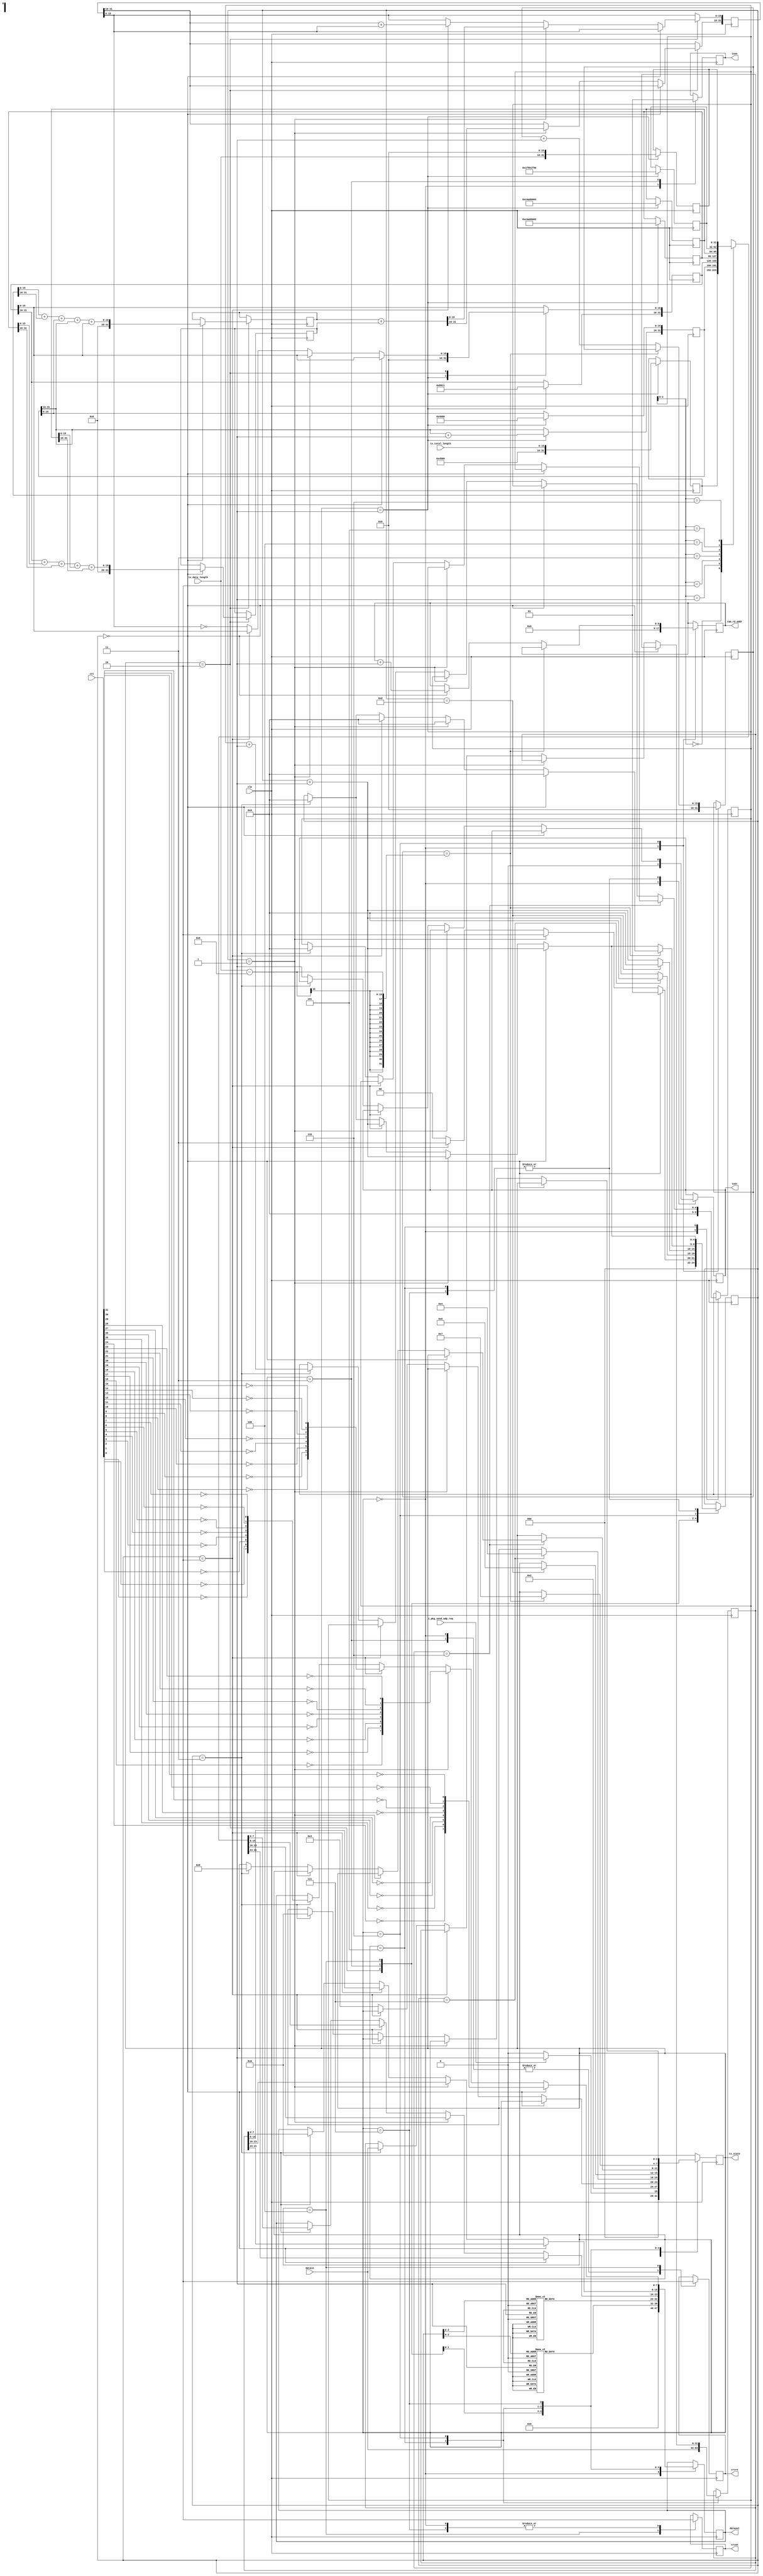
`timescale 1ns / 1ps
/****************************************/
//      GMII UDP//
/****************************************/

module ipsend(
				  input                 clk,                   //GMII
				  output reg            txen,                  //GMII
				  output reg            txer,                  //GMII
				  output reg [7:0]      dataout,               //GMII
				  input      [31:0]     crc,                   //CRC32
				  input      [31:0]     datain,                //RAM	 
				  output reg            crcen,                 //CRC32 
				  output reg            crcre,                 //CRC32 

				  output reg [3:0]      tx_state,              //    
				  input      [15:0]     tx_data_length,        //
				  input      [15:0]     tx_total_length,       //
				  output reg [8:0]      ram_rd_addr,            //ram
				  input                 i_pkg_send_udp_req
				  
	  );


reg [31:0]  datain_reg;

reg [31:0] ip_header [6:0];                  //1K

reg [7:0] preamble [7:0];                    //preamble
reg [7:0] mac_addr [13:0];                   //mac address
reg [4:0] i,j;

reg [31:0] check_buffer;
reg [31:0] check_buffer_0;
reg [31:0] check_buffer_1;
reg [31:0] time_counter;
reg [15:0] tx_data_counter;

parameter idle=4'b0000,start=4'b0001,make=4'b0010,send55=4'b0011,sendmac=4'b0100,sendheader=4'b0101,
          senddata=4'b0110,sendcrc=4'b0111;



initial
  begin
	 tx_state<=idle;
	 //IP 
	 preamble[0]<=8'h55;                 //755,d5
	 preamble[1]<=8'h55;
	 preamble[2]<=8'h55;
	 preamble[3]<=8'h55;
	 preamble[4]<=8'h55;
	 preamble[5]<=8'h55;
	 preamble[6]<=8'h55;
	 preamble[7]<=8'hD5;
	 mac_addr[0]<=8'hFF;                 //MAC ff-ff-ff-ff-ff-ff, ff
	 mac_addr[1]<=8'hFF;
	 mac_addr[2]<=8'hFF;
	 mac_addr[3]<=8'hFF;
	 mac_addr[4]<=8'hFF;
	 mac_addr[5]<=8'hFF;
	 mac_addr[6]<=8'h00;                 //MAC 00-0A-35-01-FE-C0
	 mac_addr[7]<=8'h0A;
	 mac_addr[8]<=8'h35;
	 mac_addr[9]<=8'h01;
	 mac_addr[10]<=8'hFE;
	 mac_addr[11]<=8'hC0;
	 mac_addr[12]<=8'h08;                //0800: IP
	 mac_addr[13]<=8'h00;
	 i<=0;
 end


//UDP	 
always@(negedge clk)
begin		
		case(tx_state)
		  idle:begin
				 txer<=1'b0;
				 txen<=1'b0;
				 crcen<=1'b0;
				 crcre<=1;
				 j<=0;
				 dataout<=0;
				 // ram_rd_addr<=1;
                 ram_rd_addr<=0;
				 tx_data_counter <= 0;
				 if(i_pkg_send_udp_req)begin
				    tx_state<=start; 
				  end else begin
				    tx_state<=idle; 
				  end  
//             if (time_counter >= 32'd125_000_000) begin     //, 
//				     tx_state<=start;  
//                 time_counter<=0;
//             end else if(i_pkg_send_udp_req)
//                tx_state<=start; 
             
//             else
//                 time_counter<=time_counter+1'b1;	
                 
                 
                 			
			end
		   start:begin        //IP header
					ip_header[0]<={16'h4500,tx_total_length};        //4 20IP
				   ip_header[1][31:16]<= ip_header[1][31:16]+1'b1;   //
					ip_header[1][15:0]<=16'h4000;                    //Fragment offset
				   ip_header[2]<=32'h80110000;                      //mema[2][15:0] 17(UDP),
				   ip_header[3]<=32'hc0a80002;                      //192.168.0.2
				   ip_header[4]<=32'hc0a80003;                      //192.168.0.3
					ip_header[5]<=32'h1f901f90;                      //22
				   ip_header[6]<={tx_data_length,16'h0000};         //22
	   			tx_state<=make;
         end	
         make:begin            //
			    if(i==0) begin
					  check_buffer_0 <=ip_header[0][15:0]+ip_header[0][31:16]+ip_header[1][15:0]+ip_header[1][31:16]+ip_header[2][15:0];
					  check_buffer_1 <=ip_header[2][31:16]+ip_header[3][15:0]+ip_header[3][31:16]+ip_header[4][15:0]+ip_header[4][31:16];						
                 i<= 1;
				   end
             else if(i==1) begin
					   check_buffer <= check_buffer_0  + check_buffer_1;
					   i <= 2;
				 end				
             else if(i==2) begin
					   check_buffer[15:0]<=check_buffer[31:16]+check_buffer[15:0];
					   i <= 3;
				 end
			    else	begin
				      ip_header[2][15:0]<=~check_buffer[15:0];                 //header checksum
					   i<=0;
					   tx_state<=send55;
					end
		   end
			send55: begin                    //8IP:755, 1d5                    
 				 txen<=1'b1;                             //GMII
				 crcre<=1'b1;                            //reset crc  
				 if(i==7) begin
               dataout[7:0]<=preamble[i][7:0];
					i<=0;
				   tx_state<=sendmac;
				 end
				 else begin                        
				    dataout[7:0]<=preamble[i][7:0];
				    i<=i+1;
				 end
			end	
			sendmac: begin                           //MAC addressMAC addressIP  
			 	 crcen<=1'b1;                            //crccrc32MAC		
				 crcre<=1'b0;                            			
             if(i==13) begin
               dataout[7:0]<=mac_addr[i][7:0];
					i<=0;
				   tx_state<=sendheader;
				 end
				 else begin                        
				    dataout[7:0]<=mac_addr[i][7:0];
				    i<=i+1'b1;
				 end
			end
			sendheader: begin                        //732bitIP 
				datain_reg<=datain;                   //	
			   if(j==6) begin                            
					  if(i==0) begin
						 dataout[7:0]<=ip_header[j][31:24];
						 i<=i+1'b1;
					  end
					  else if(i==1) begin
						 dataout[7:0]<=ip_header[j][23:16];
						 i<=i+1'b1;
					  end
					  else if(i==2) begin
						 dataout[7:0]<=ip_header[j][15:8];
						 i<=i+1'b1;
					  end
					  else if(i==3) begin
						 dataout[7:0]<=ip_header[j][7:0];
						 i<=0;
						 j<=0;
						 tx_state<=senddata;			 
					  end
					  else
						 txer<=1'b1;
				end		 
				else begin
					  if(i==0) begin
						 dataout[7:0]<=ip_header[j][31:24];
						 i<=i+1'b1;
					  end
					  else if(i==1) begin
						 dataout[7:0]<=ip_header[j][23:16];
						 i<=i+1'b1;
					  end
					  else if(i==2) begin
						 dataout[7:0]<=ip_header[j][15:8];
						 i<=i+1'b1;
					  end
					  else if(i==3) begin
						 dataout[7:0]<=ip_header[j][7:0];
						 i<=0;
						 j<=j+1'b1;
					  end					
					  else
						 txer<=1'b1;
				end
			 end
			 senddata:begin                                      //UDP
			   if(tx_data_counter==tx_data_length-9) begin       //
				   tx_state<=sendcrc;	
					if(i==0) begin    
					  dataout[7:0]<=datain_reg[31:24];
					  i<=0;
					end
					else if(i==1) begin
					  dataout[7:0]<=datain_reg[23:16];
					  i<=0;
					end
					else if(i==2) begin
					  dataout[7:0]<=datain_reg[15:8];
					  i<=0;
					end
					else if(i==3) begin
			        dataout[7:0]<=datain_reg[7:0];
					  datain_reg<=datain;                       //
					  i<=0;
					end
            end
            else begin                                     //
               tx_data_counter<=tx_data_counter+1'b1;			
					if(i==0) begin    
					  dataout[7:0]<=datain_reg[31:24];
					  i<=i+1'b1;
					  ram_rd_addr<=ram_rd_addr+1'b1;           //RAM1, RAM	
					end
					else if(i==1) begin
					  dataout[7:0]<=datain_reg[23:16];
					  i<=i+1'b1;
					end
					else if(i==2) begin
					  dataout[7:0]<=datain_reg[15:8];
					  i<=i+1'b1;
					end
					else if(i==3) begin
			        dataout[7:0]<=datain_reg[7:0];
					  datain_reg<=datain;                       //					  
					  i<=0; 				  
					end
				end
			end	
			sendcrc: begin                              //32crc
				crcen<=1'b0;
				if(i==0)	begin
					  dataout[7:0] <= {~crc[24], ~crc[25], ~crc[26], ~crc[27], ~crc[28], ~crc[29], ~crc[30], ~crc[31]};
					  i<=i+1'b1;
					end
				else begin
				  if(i==1) begin
					   dataout[7:0]<={~crc[16], ~crc[17], ~crc[18], ~crc[19], ~crc[20], ~crc[21], ~crc[22], ~crc[23]};
						i<=i+1'b1;
				  end
				  else if(i==2) begin
					   dataout[7:0]<={~crc[8], ~crc[9], ~crc[10], ~crc[11], ~crc[12], ~crc[13], ~crc[14], ~crc[15]};
						i<=i+1'b1;
				  end
				  else if(i==3) begin
					   dataout[7:0]<={~crc[0], ~crc[1], ~crc[2], ~crc[3], ~crc[4], ~crc[5], ~crc[6], ~crc[7]};
						i<=0;
						tx_state<=idle;
				  end
				  else begin
                  txer<=1'b1;
				  end
				end
			end					
			default:tx_state<=idle;		
       endcase	  
 end
/*
wire [35:0]   CONTROL0;
wire [255:0]  TRIG0;
chipscope_icon icon_debug (
    .CONTROL0(CONTROL0) // INOUT BUS [35:0]
);

chipscope_ila ila_filter_debug (
    .CONTROL(CONTROL0), // INOUT BUS [35:0]
   // .CLK(dma_clk),      // IN
    .CLK(clk),      // IN
    .TRIG0(TRIG0)      // IN BUS [255:0]
    //.TRIG_OUT(TRIG_OUT0)
);                                                     

assign  TRIG0[15:0] = tx_data_counter;                                               
assign  TRIG0[31:16] = tx_data_length;
assign  TRIG0[35 :  32] = tx_state;
assign  TRIG0[67 :  36] = time_counter;

*/
endmodule